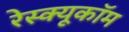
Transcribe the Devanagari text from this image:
रेस्क्यूकॉम